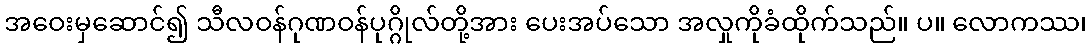
အဝေးမှဆောင်၍ သီလဝန်ဂုဏဝန်ပုဂ္ဂိုလ်တို့အား ပေးအပ်သော အလှုကိုခံထိုက်သည်။ ပ။ လောကဿ၊